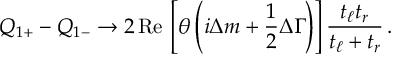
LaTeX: Q _ { 1 + } - Q _ { 1 - } \to 2 \, \mathrm { R e } \, \left[ \theta \left( i \Delta m + \frac { 1 } { 2 } \Delta \Gamma \right) \right] \frac { t _ { \ell } t _ { r } } { t _ { \ell } + t _ { r } } \, .